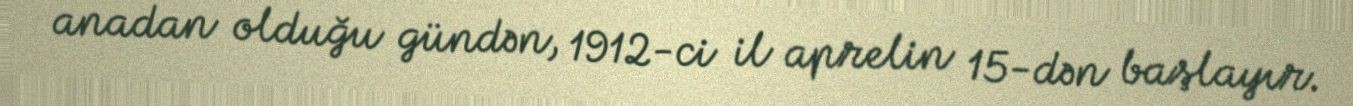
anadan olduğu gündən, 1912-ci il aprelin 15-dən başlayır.